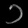
Digit: ၁